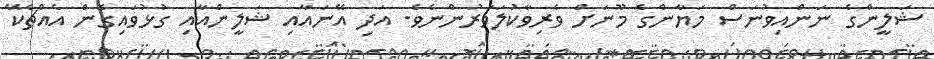
ޝަލީންގެ ނަންއިވުނަސް މަޔާންގެ މޫނަށް ވެރިވާކުލަވަރުންނެވެ. އަދި އޭނައާއި ޝަލީންއާއި ގުޅުވައިގެން އެއްޗެކޭ